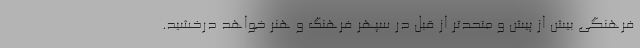
فرهنگي بيش از پيش و متحدتر از قبل در سپهر فرهنگ و هنر خواهد درخشيد.